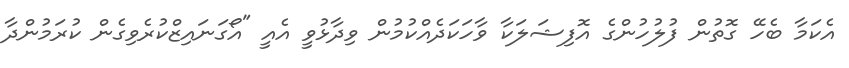
އެކަމާ ބެހޭ ގޮތުން ފުލުހުންގެ އޮފިޝަލަކާ ވާހަކަދެއްކުމުން ވިދާޅުވީ އެއީ "އޯގަނައިޒްކުރެވިގެން ކުރަމުންދާ